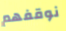
نوقفهم